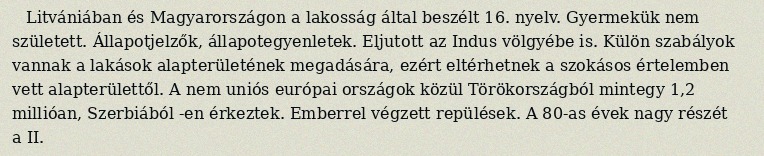
Litvániában és Magyarországon a lakosság által beszélt 16. nyelv. Gyermekük nem született. Állapotjelzők, állapotegyenletek. Eljutott az Indus völgyébe is. Külön szabályok vannak a lakások alapterületének megadására, ezért eltérhetnek a szokásos értelemben vett alapterülettől. A nem uniós európai országok közül Törökországból mintegy 1,2 millióan, Szerbiából -en érkeztek. Emberrel végzett repülések. A 80-as évek nagy részét a II.